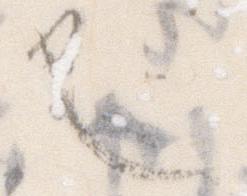
也